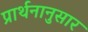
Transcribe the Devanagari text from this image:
प्रार्थनानुसार